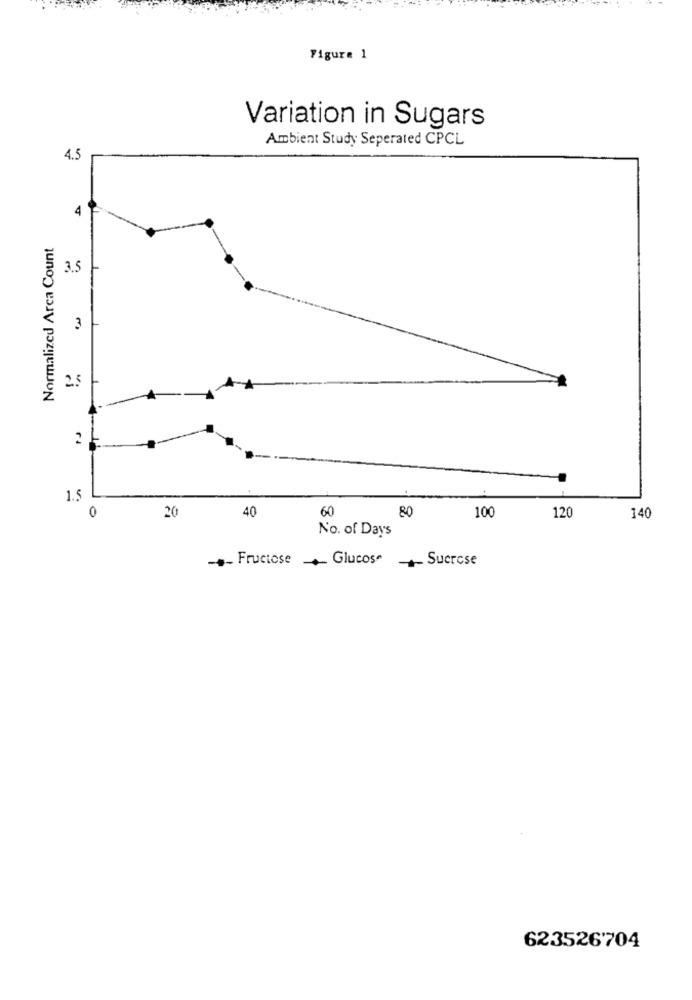
Figure 1
Variation in Sugars
Ambient Study Seperated CPCL
4.5
4
Normalized Arca Count
3.5
3
2
1.5
0
40
60
80
20
100
120
140
No. of Days
- Fructose
Glucose
Sucrese
623526'704